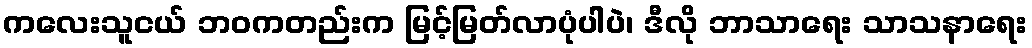
ကလေးသူငယ် ဘဝကတည်းက မြင့်မြတ်လာပုံပါပဲ၊ ဒီလို ဘာသာရေး သာသနာရေး